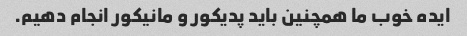
ایده خوب ما همچنین باید پدیکور و مانیکور انجام دهیم.